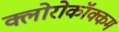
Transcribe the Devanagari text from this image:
क्लोरोकॉक्कम